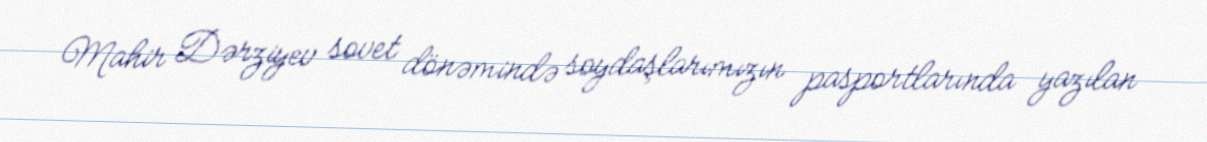
Mahir Dərziyev sovet dönəmində soydaşlarımızın pasportlarında yazılan